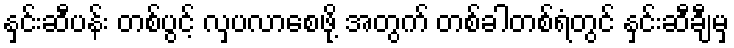
နှင်းဆီပန်း တစ်ပွင့် လှပလာစေဖို့ အတွက် တစ်ခါတစ်ရံတွင် နှင်းဆီချီမှ